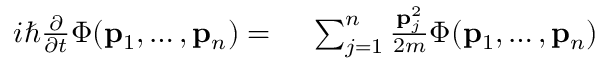
\begin{array} { r l } { i \hbar { \frac { \partial } { \partial t } } \Phi ( \mathbf { p } _ { 1 } , \ldots , \mathbf { p } _ { n } ) = { } } & { { } \sum _ { j = 1 } ^ { n } \frac { \mathbf { p } _ { j } ^ { 2 } } { 2 m } \Phi ( \mathbf { p } _ { 1 } , \ldots , \mathbf { p } _ { n } ) } \end{array}